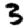
Digit: 3